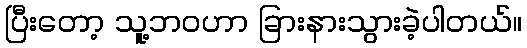
ပြီးတော့ သူ့ဘဝဟာ ခြားနားသွားခဲ့ပါတယ်။